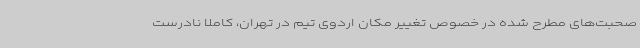
صحبت‌های مطرح شده در خصوص تغییر مکان اردوی تیم در تهران، کاملا نادرست